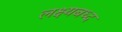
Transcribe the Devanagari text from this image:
लक्ष्यबध्द